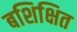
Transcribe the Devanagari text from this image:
बशिक्षित